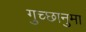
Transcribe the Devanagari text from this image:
गुच्छानुमा